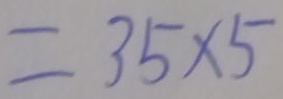
= 3 5 \times 5